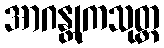
အာဂန္တုကသုတ္တ